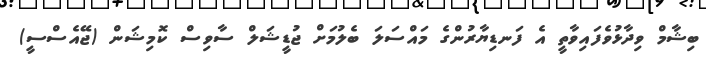
ބިޝާމް ވިދާޅުވެފައިވާތީ އެ ފަނޑިޔާރުންގެ މައްސަލަ ބެލުމަށް ޖުޑީޝަލް ސާވިސް ކޮމިޝަން (ޖޭއެސްސީ)